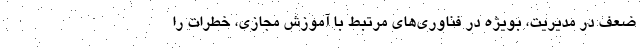
ضعف در مدیریت، بویژه در فناوری‌های مرتبط با آموزش مجازی، خطرات را